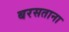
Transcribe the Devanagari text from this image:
बरसताना